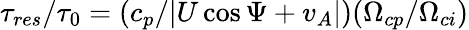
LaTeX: \tau_{res}/\tau_{0}=(c_{p}/|U\cos\Psi+v_{A}|)(\Omega_{cp}/\Omega_{ci})